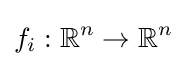
f_{i}:\mathbb {R} ^{n}\rightarrow \mathbb {R} ^{n}